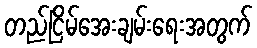
တည်ငြိမ်အေးချမ်းရေးအတွက်